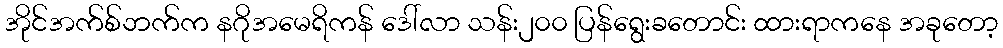
အိုင်အက်စ်ဘက်က နဂိုအမေရိကန် ဒေါ်လာ သန်း၂၀၀ ပြန်ရွေးခတောင်း ထားရာကနေ အခုတော့